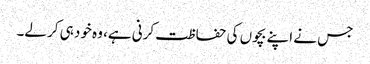
جس نے اپنے بچوں کی حفاظت کرنی ہے، وہ خود ہی کر لے۔